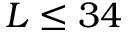
L \leq 3 4